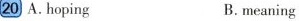
20 A. Hoping B. meaning